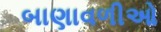
બાણાવળીઓ